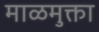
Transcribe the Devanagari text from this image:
माळमुक्ता